画像に写った文字を読んでください
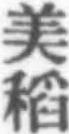
「美稻」と書いてあります